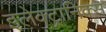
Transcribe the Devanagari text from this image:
इलेक्‍ट्रानिक्स